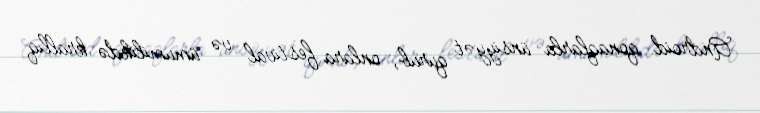
Android qonaqlarla ünsiyyət qurub, onlara festival və ümumilikdə krallıq